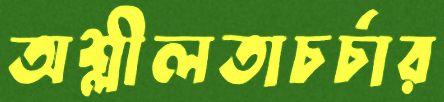
অশ্লীলতাচর্চার